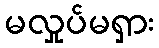
မလှုပ်မရှား